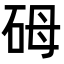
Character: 砪